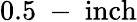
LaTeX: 0.5\mathrm{~-~}\mathrm{inch}